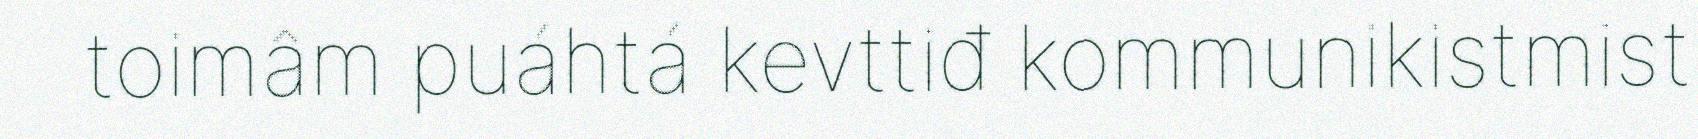
toimâm puáhtá kevttiđ kommunikistmist